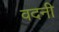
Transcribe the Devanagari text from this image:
वदनी